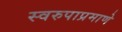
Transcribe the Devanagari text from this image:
स्वरुपाप्रमाणे